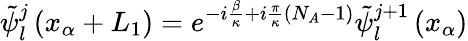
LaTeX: {\tilde{\psi}}_{l}^{j}\left(x_{\alpha}+L_{1}\right)=e^{-i\frac{\beta}{\kappa}+i\frac{\pi}{\kappa}\left(N_{A}-1\right)}{\tilde{\psi}}_{l}^{j+1}\left(x_{\alpha}\right)